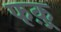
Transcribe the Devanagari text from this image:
फक़्र